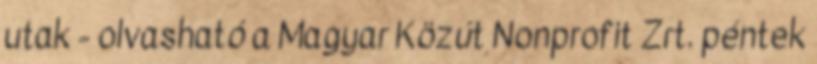
utak - olvasható a Magyar Közút Nonprofit Zrt. péntek